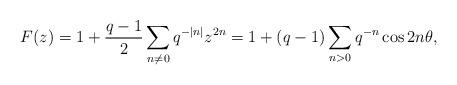
LaTeX: \begin{align*} F(z) = 1 + \frac{q-1}{2} \sum_{n \neq 0} q^{-|n|} z^{2n} = 1 + (q-1) \sum_{n > 0} q^{-n} \cos 2 n \theta, \end{align*}